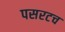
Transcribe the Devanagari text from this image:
पसरटच